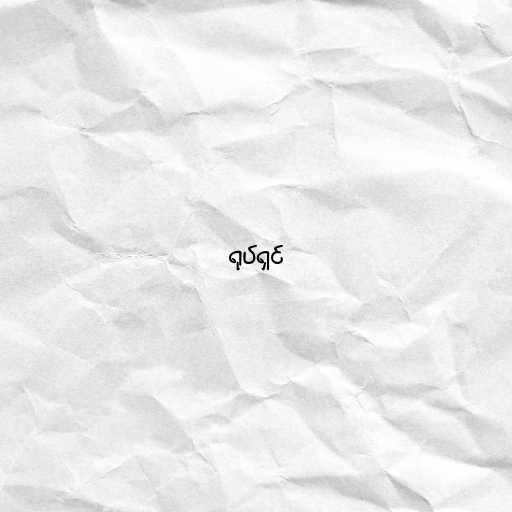
ရုပ်ရှင်